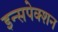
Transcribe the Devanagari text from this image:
इन्सपेक्शन